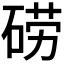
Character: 𮀤